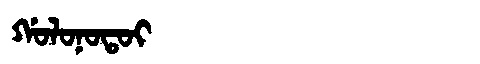
Manchu: ᡤᠣᠯᠣᠨᠣᡨᠣᡳ
Romanization: GOLONOTOI